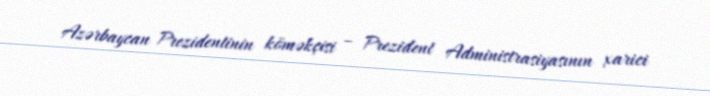
Azərbaycan Prezidentinin köməkçisi – Prezident Administrasiyasının xarici